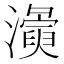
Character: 𭳛